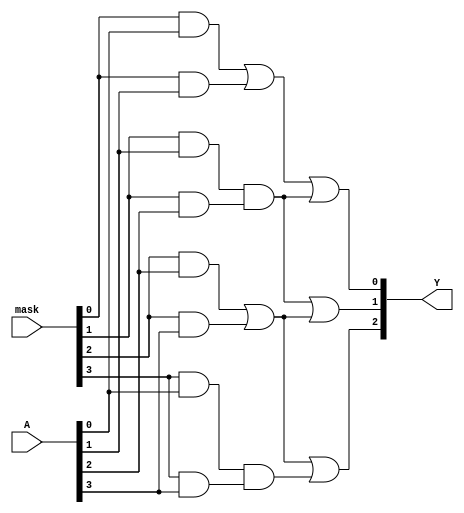
module MaskedPAL (
    input wire [3:0] A,  // Input variables (A0, A1, A2, A3)
    input wire [3:0] mask, // Mask for AND gates
    output wire [2:0] Y   // Output variables (Y0, Y1, Y2)
);

// Internal wires for the AND plane outputs
wire [3:0] and_out;

// AND Plane
// Each AND gate output is conditioned by the corresponding mask bit
assign and_out[0] = (mask[0] && A[0]) || (mask[0] && A[1]); // Product term 1
assign and_out[1] = (mask[1] && A[1]) && (mask[1] && A[2]); // Product term 2
assign and_out[2] = (mask[2] && A[2]) || (mask[2] && A[3]); // Product term 3
assign and_out[3] = (mask[3] && A[0]) && (mask[3] && A[3]); // Product term 4

// OR Plane - Fixed connections to produce outputs
assign Y[0] = and_out[0] || and_out[1]; // Output Y0
assign Y[1] = and_out[1] || and_out[2]; // Output Y1
assign Y[2] = and_out[2] || and_out[3]; // Output Y2

endmodule